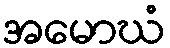
အမောဃံ